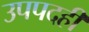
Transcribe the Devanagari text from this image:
उपपदही